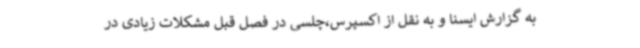
به گزارش ایسنا و به نقل از اکسپرس،چلسی در فصل قبل مشکلات زیادی در